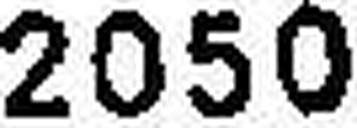
2050